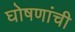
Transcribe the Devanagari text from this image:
घोषणांची